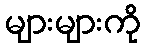
များများကို